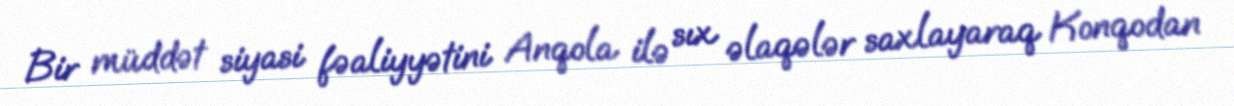
Bir müddət siyasi fəaliyyətini Anqola ilə sıx əlaqələr saxlayaraq Konqodan